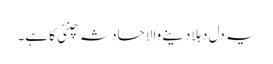
یہ دل دہلادینے والا حادثہ چنئی کا ہے۔